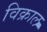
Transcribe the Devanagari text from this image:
विक्राल